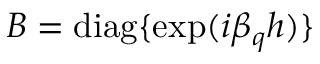
B = \mathrm { d i a g } \{ \exp ( i \beta _ { q } h ) \}